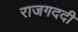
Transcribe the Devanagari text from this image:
राजगददी